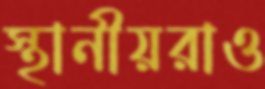
স্থানীয়রাও